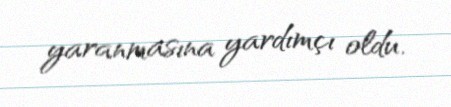
yaranmasına yardımçı oldu.